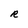
Character: R